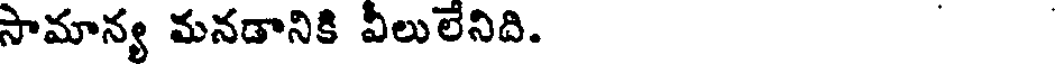
సామాన్య మనడానికి వీలులేనిది.